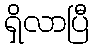
ရှိလာပြီ